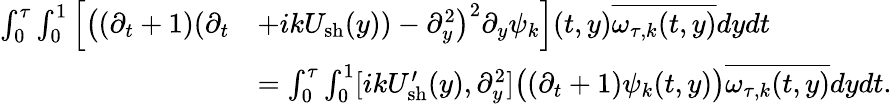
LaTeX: \begin{array}{rl}{\int_{0}^{\tau}\int_{0}^{1}\Big[\big((\partial_{t}+1)(\partial_{t}}&{+ikU_{\mathrm{sh}}(y))-\partial_{y}^{2}\big)^{2}\partial_{y}\psi_{k}\Big](t,y)\overline{{\omega_{\tau,k}(t,y)}}dydt}\\ &{=\int_{0}^{\tau}\int_{0}^{1}[ikU_{\mathrm{sh}}^{\prime}(y),\partial_{y}^{2}]\big((\partial_{t}+1)\psi_{k}(t,y)\big)\overline{{\omega_{\tau,k}(t,y)}}dydt.}\end{array}